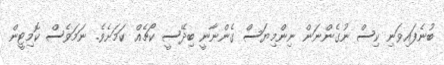
ބުނެފައިވަނި ކިސް ނުގެންނަން ނިންމިޔަސް ގެންނާނީ ބިދޭސީ ކޯޗެއް ކަމަށެވެ. ނަމަވެސް ކޮމިޓީން